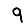
Digit: 9